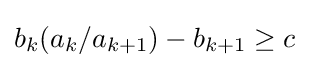
b_{k}(a_{k}/a_{k+1})-b_{k+1}\geq c